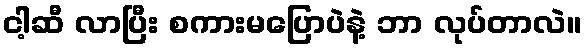
ငါ့ဆီ လာပြီး စကားမပြောပဲနဲ့ ဘာ လုပ်တာလဲ။